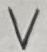
Text: V